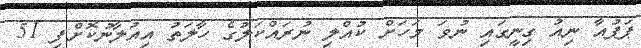
ޕަޕުއާ ނިއު ގިނީގައި ނުވަ މަހަށް ކުއްލި ނުރައްކަލުގެ ހާލަތު އިއުލާނުކޮށްފި 51